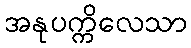
အနုပက္ကိလေသာ